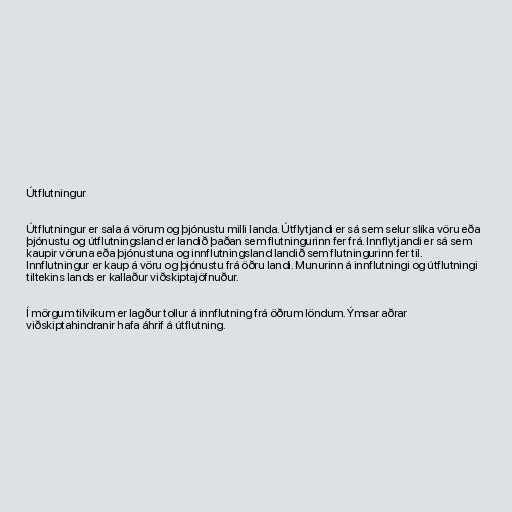
Útflutningur

Útflutningur er sala á vörum og þjónustu milli landa. Útflytjandi er sá sem selur slíka vöru eða
þjónustu og útflutningsland er landið þaðan sem flutningurinn fer frá. Innflytjandi er sá sem
kaupir vöruna eða þjónustuna og innflutningsland landið sem flutningurinn fer til.
Innflutningur er kaup á vöru og þjónustu frá öðru landi. Munurinn á innflutningi og útflutningi
tiltekins lands er kallaður viðskiptajöfnuður.

Í mörgum tilvikum er lagður tollur á innflutning frá öðrum löndum. Ýmsar aðrar
viðskiptahindranir hafa áhrif á útflutning.